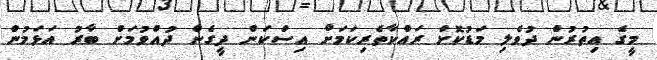
މީގެ އިތުރުން ދުވެލި މަޑުކޮށް ރައްކާތެރިކަމަށް އިސްކަން ދީގެން ދުއްވުމަށް ބާރު އަޅަމުން